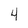
Character: 4